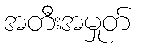
အတီးအမှုတ်